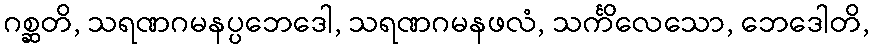
ဂစ္ဆတိ, သရဏဂမနပ္ပဘေဒေါ, သရဏဂမနဖလံ, သင်္ကိလေသော, ဘေဒေါတိ,